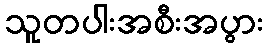
သူတပါးအစီးအပွား